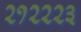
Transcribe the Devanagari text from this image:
२१२२२३